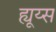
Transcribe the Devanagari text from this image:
ह्यूय्स